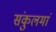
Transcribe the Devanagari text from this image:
संकुलमां